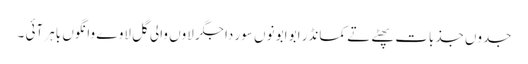
جدوں جذبات پھٹے تے کمانڈر ابو ابو نوں سور دا جگر لاوں والی گل لاوے وانگوں باہر آئی ۔